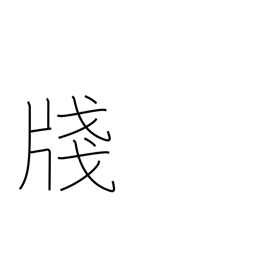
Meaning: composition